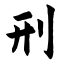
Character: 刑